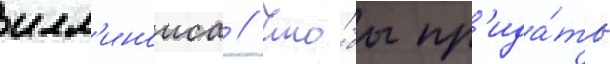
илл'иноиса // Что́бы пр'ида́ть